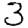
Digit: 3